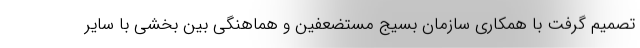
تصمیم گرفت با همکاری سازمان بسیج مستضعفین و هماهنگی بین بخشی با سایر